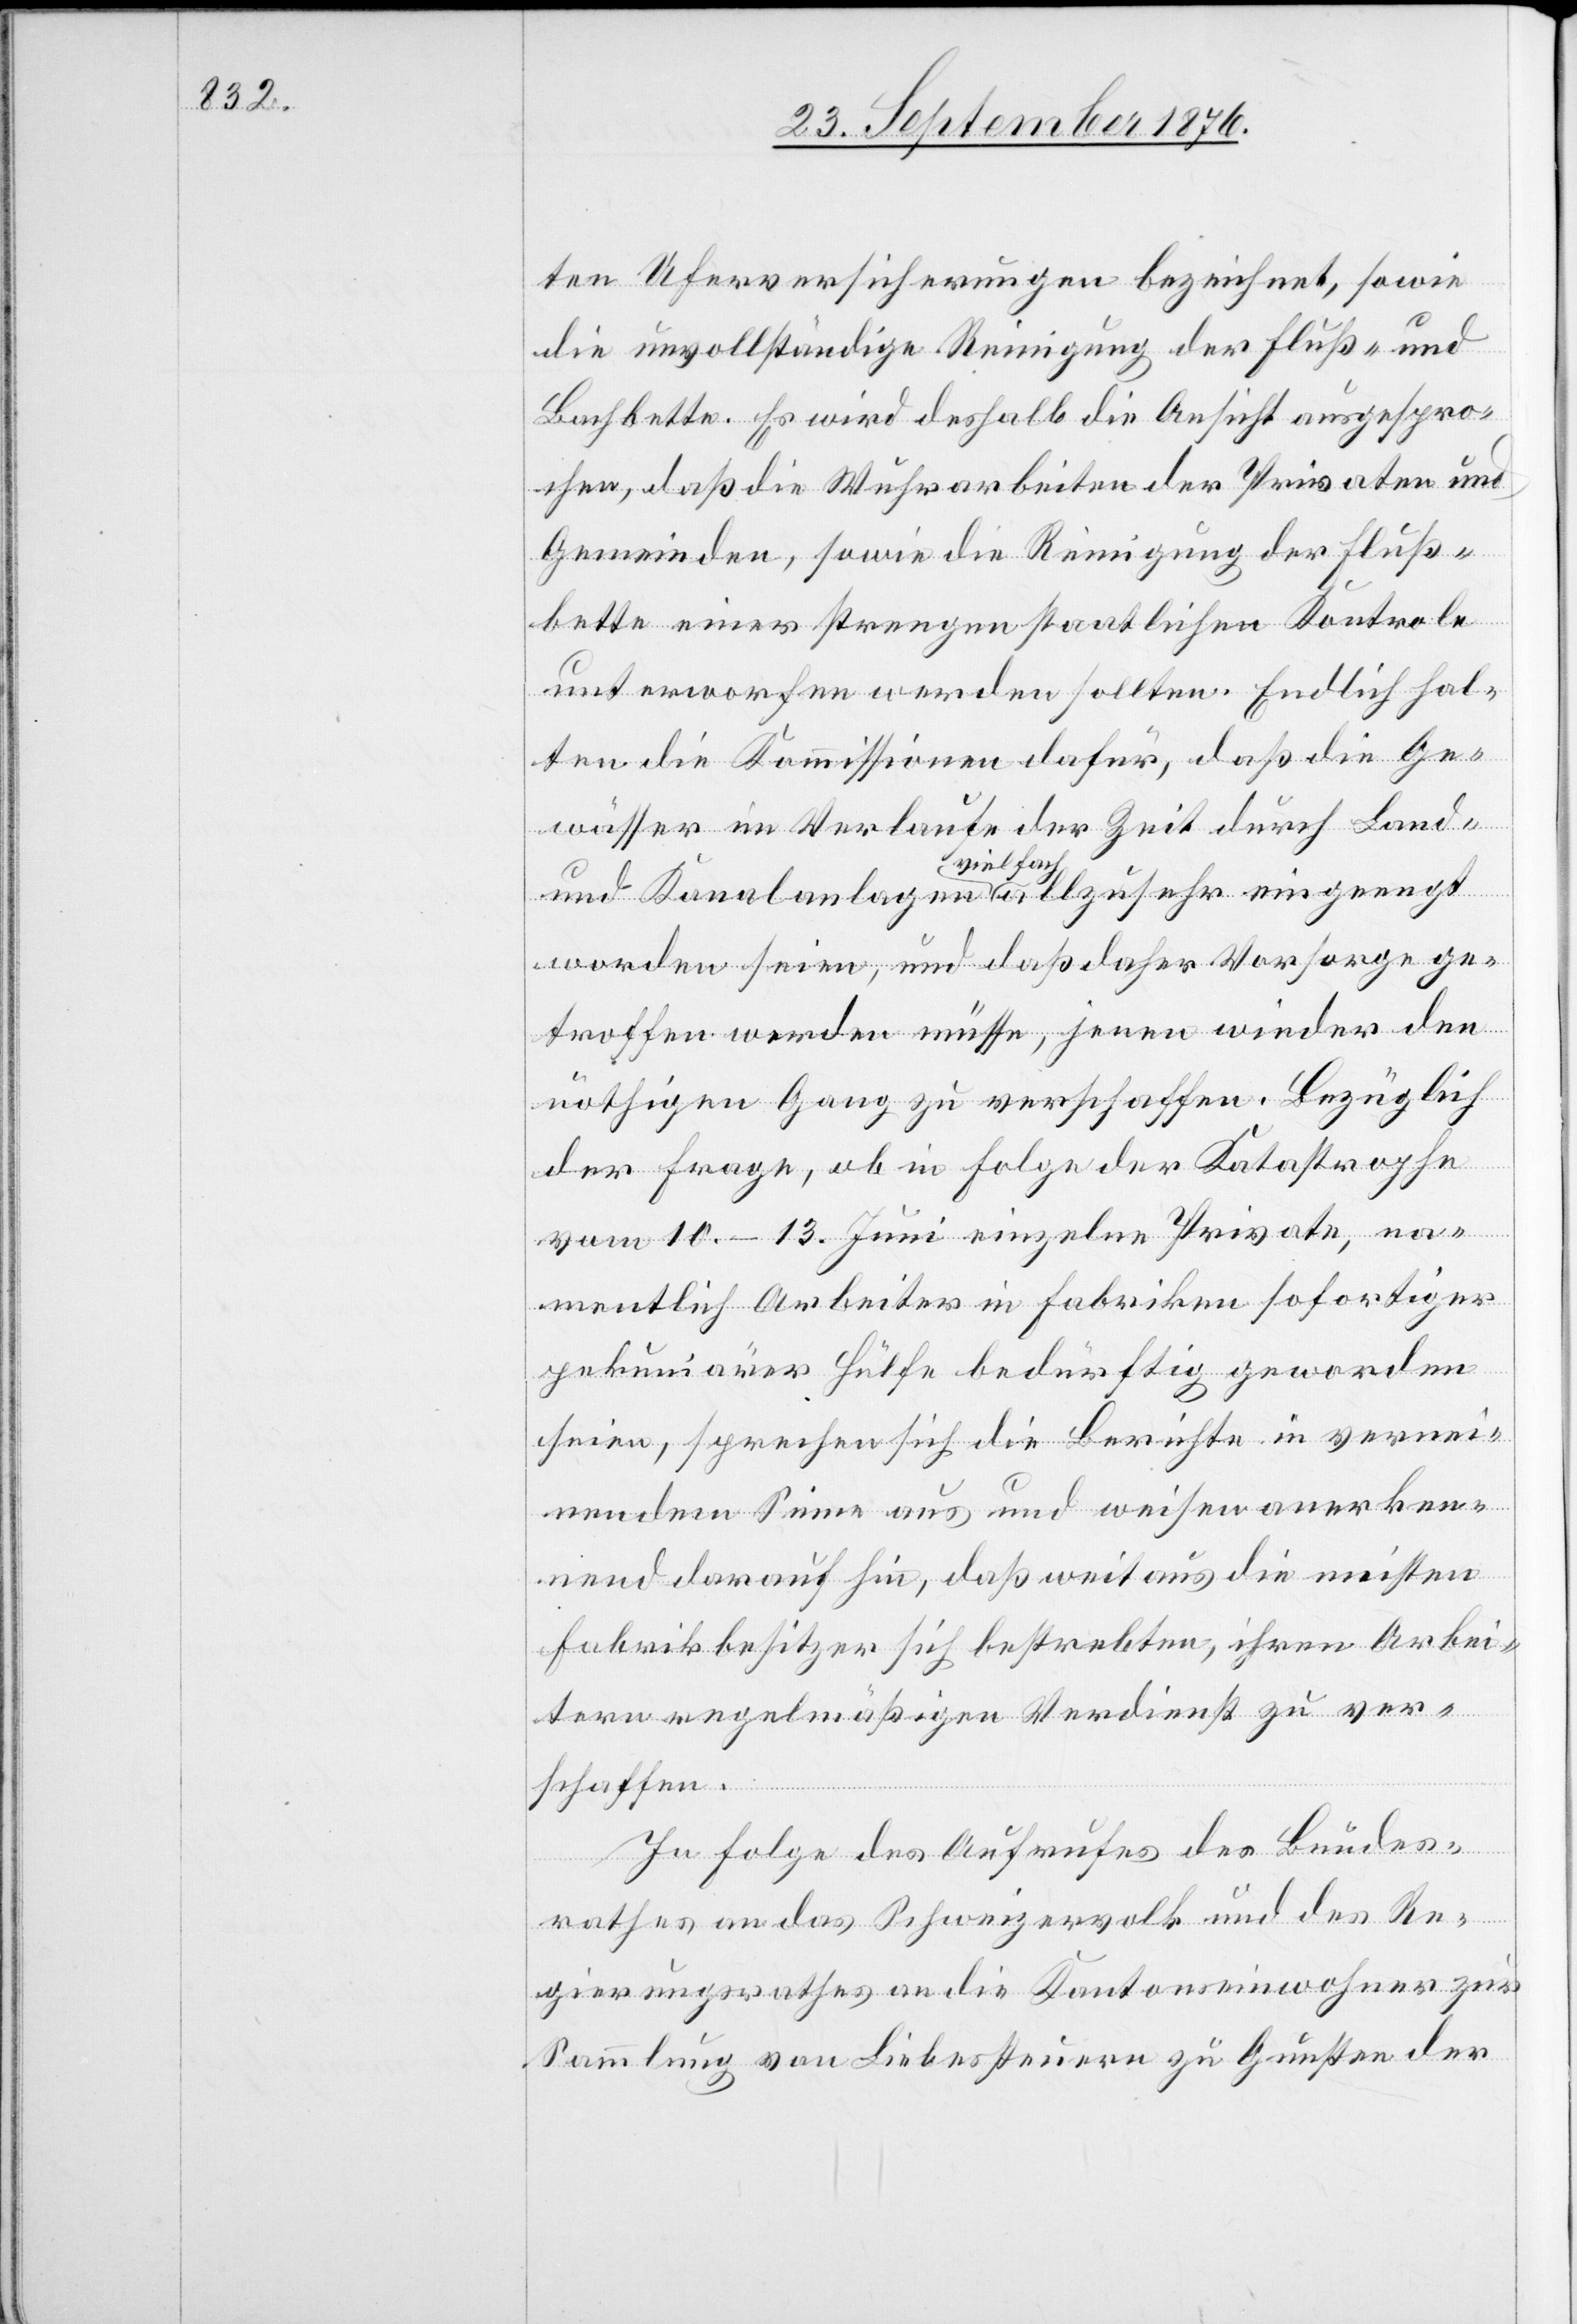
ten Uferversicherungen bezeichnet, sowie
die unvollständige Reinigung der Fluß- und
Bachbette. Es wird deshalb die Ansicht ausgespro¬
chen, daß die Wuhrarbeiten der Privaten und
Gemeinden, sowie die Reinigung der Fluß¬
bette einer strengen staatlichen Kontrole
unterworfen werden sollten. Endlich hal¬
ten die Kommissionen dafür, daß die Ge¬
wässer im Verlaufe der Zeit durch Land-
und Kanalanlagen a vielfach a allzusehr eingeengt
worden seien, und daß daher Vorsorge ge¬
troffen werden müsse, jenen wieder den
nöthigen Gang zu verschaffen. Bezüglich
der Frage, ob in Folge der Katastrophe
vom 10.–13. Juni einzelne Private, na¬
mentlich Arbeiter in Fabriken sofortiger
pekuniärer Hülfe bedürftig geworden
seien, sprechen sich die Berichte in vernei¬
nendem Sinne aus und weisen anerken¬
nend darauf hin, daß weitaus die meisten
Fabrikbesitzer sich bestrebten, ihren Arbei¬
tern regelmäßigen Verdienst zu ver¬
schaffen.
In Folge des Aufrufes des Bundes¬
rathes an das Schweizervolk und des Re¬
gierungsrathes an die Kantonseinwohner zur
Sammlung von Liebessteuern zu Gunsten der